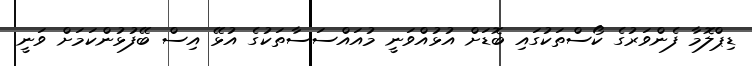
ޑިޕްލޮމާ ފެންވަރުގެ ކޯސްތަކުގައި ބޮޑަށް އުޅުއްވަނީ މުއައްސަސާތަކުގެ އުޅޭ އިސް ބޭފުޅުންކަމަށް ވަނީ